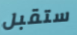
ستقبل